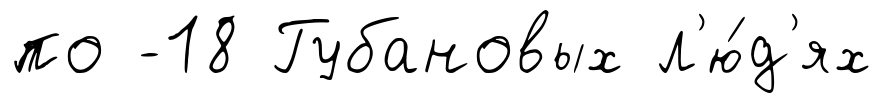
по -18 Губановых л'ю́д'ях